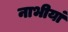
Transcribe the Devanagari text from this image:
नाभीयां